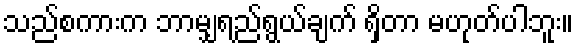
သည်စကားက ဘာမျှရည်ရွယ်ချက် ရှိတာ မဟုတ်ပါဘူး။